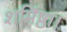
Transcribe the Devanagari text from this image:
शर्मिष्ठा।